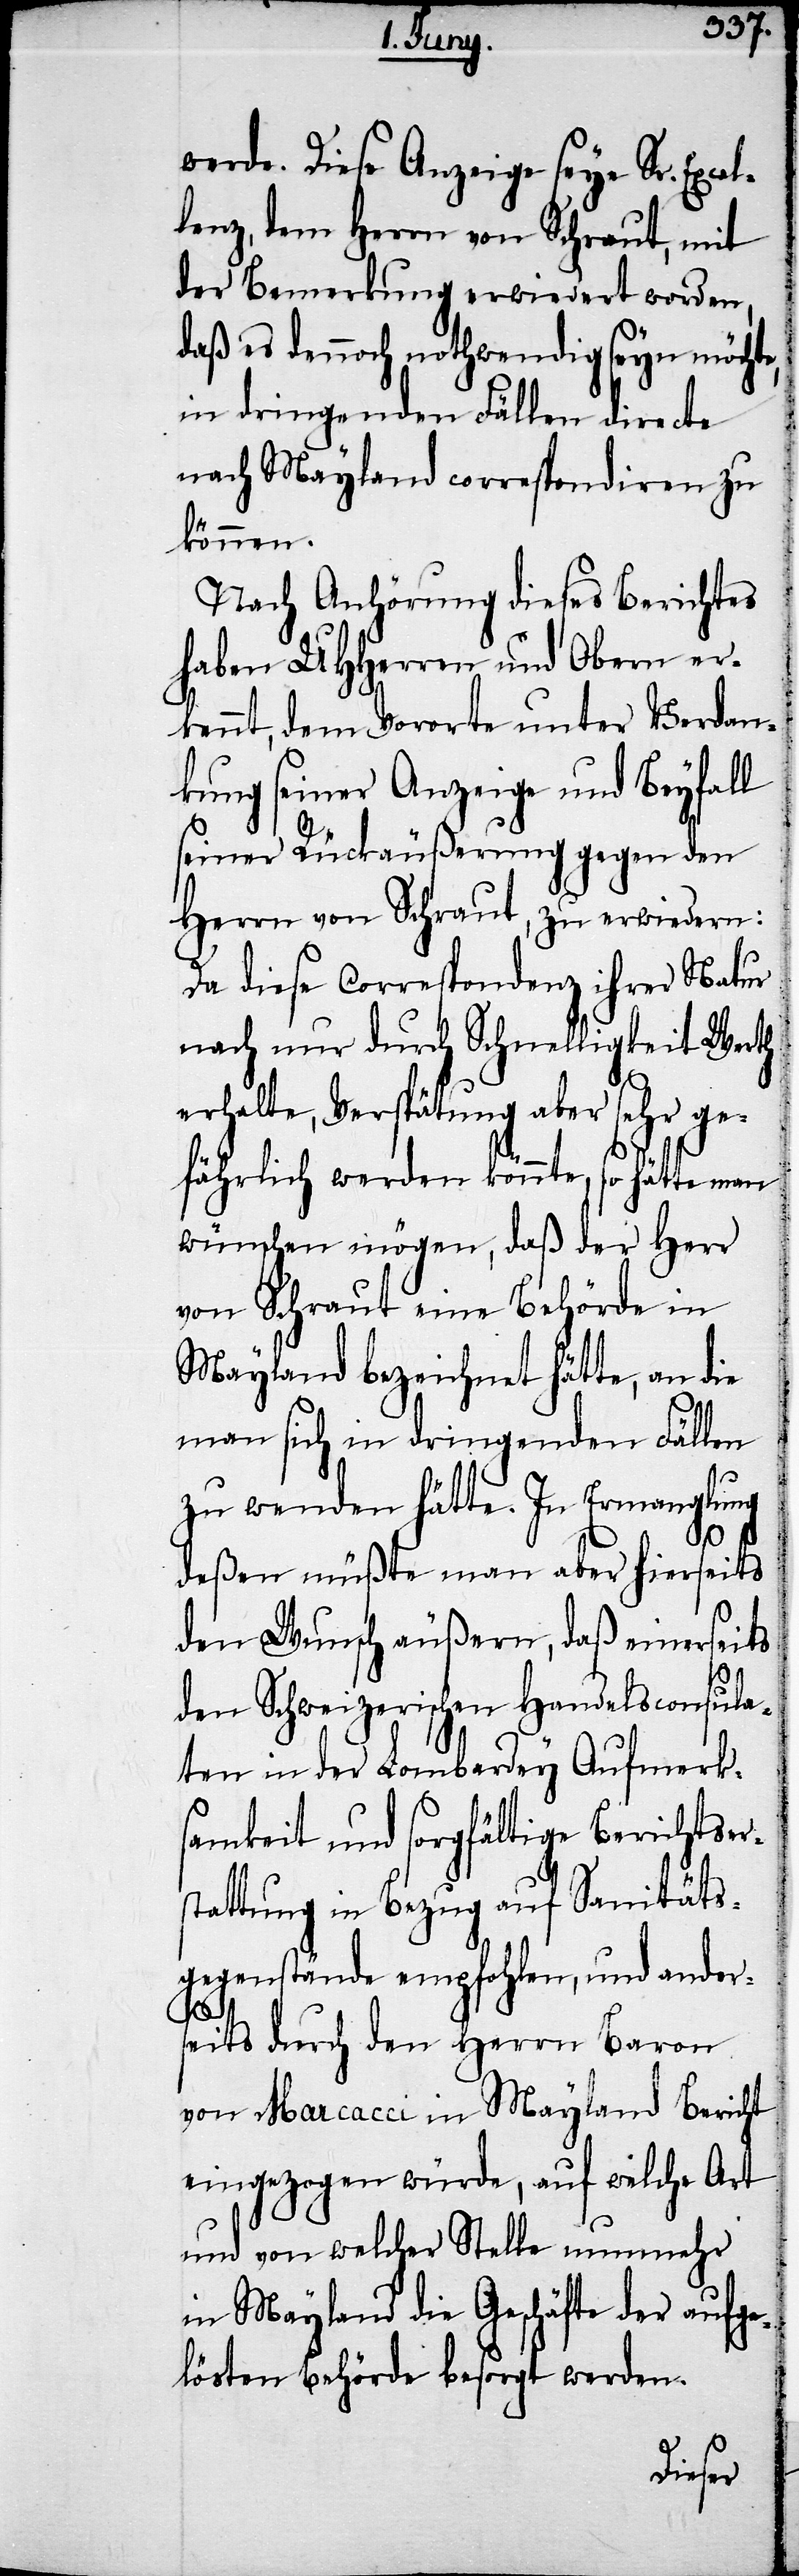
werde. Diese Anzeige seye Sr. Exce¬
lenz, dem Herrn von Schraut, mit
der Bemerkung erwiedert worden,
daß es dennoch nothwendig seyn möcht¬
in dringenden Fällen directe
nach Mayland correspondiren zu
können.
Nach Anhörung dieses Berichtes
haben UHHerren und Obern er¬
kennt, dem Vororte unter Verdan¬
kung seiner Anzeige und Beyfall
seiner Rückäußerung gegen den
Herrn von Schraut, zu erwiedern:
Da diese Correspondenz ihrer Natur
nach nur durch Schnelligkeit Werth
erhalte, Verspätung aber sehr ge¬
fährlich werden könnte, so hätte man
wünschen mögen, daß der Herr
von Schraut eine Behörde in
Mayland bezeichnet hätte, an die
man sich in dringenden Fällen
zu wenden hätte. In Ermanglung
deßen müßte man aber hierseits
den Wunsch äußern, daß einerseits
den Schweizerischen Handelsconsul¬
aten in der Lombardey Aufmerks¬
amkeit und sorgfältige Berichtse¬
stattung in Bezug auf Sanität¬
sgegenstände empfohlen, und ander¬
r¬
seits durch den Herrn Baron
von Maracci in Mayland Bericht
eingezogen würde, auf welche Art
und von welcher Stelle nunmehr
in Mayland die Geschäfte der aufge¬
lösten Behörde besorgt werden.